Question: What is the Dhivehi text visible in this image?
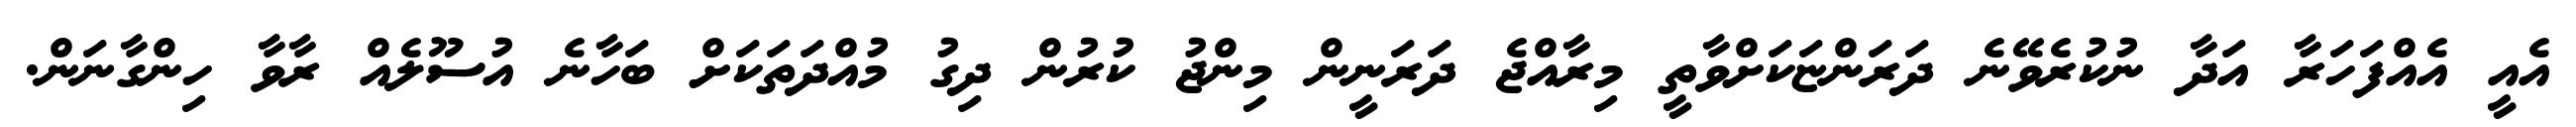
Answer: އެއީ އެއްފަހަރާ އަދާ ނުކުރެވޭނެ ދަރަންޏަކަށްވާތީ މިރާއްޖެ ދަރަނީން މިންޖު ކުރުން ދިގު މުއްދަތަކަށް ބަހާނެ އުސޫލެއް ރާވާ ހިންގާނަން.